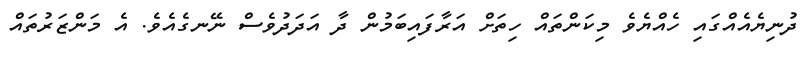
ދުނިޔެއެއްގައި ހެއްޔެވެ މިކަންތައް ހިތަށް އަރާފައިބަމުން ދާ އަދަދުވެސް ނޭނގެއެވެ. އެ މަންޒަރުތައް